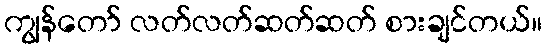
ကျွန်တော် လတ်လတ်ဆတ်ဆတ် စားချင်တယ်။